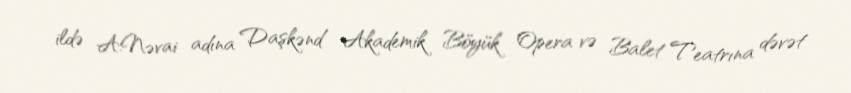
ildə A.Nəvai adına Daşkənd Akademik Böyük Opera və Balet Teatrına dəvət